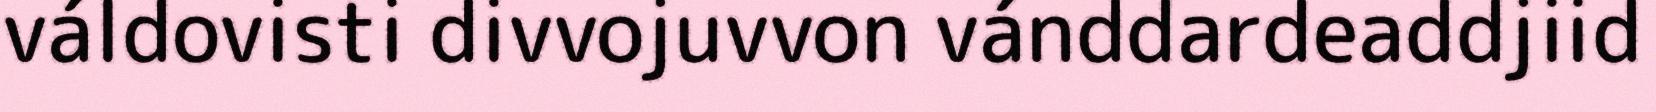
váldovisti divvojuvvon vánddardeaddjiid